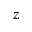
z